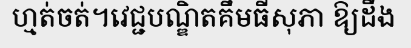
ហ្មត់ចត់។វេជ្ជបណ្ឌិតគឹមធីសុភា ឱ្យដឹង